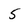
Character: 5